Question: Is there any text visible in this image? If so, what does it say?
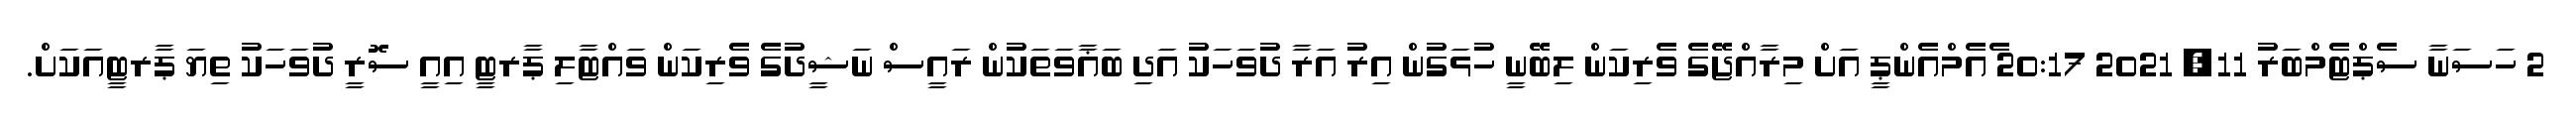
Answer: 2 ހަސަނާ ސެޕްޓެމްބަރު 11, 2021 20:17 ެއެމްއެންޕީ އަށް މިރާއްޖޭގެ ވެރިކަން ލިބޭނީ ހުޅަގުން އިރު އަރާ ދުވަހަކު އަދި ބަޣާވަތަކުން ރައީސް ނަޝީދުގެ ވެރިކަން ވައްޓާލި ޕާރޓީ އިއީ ސޮރީ ދުވަހަކު ތިޔަ ޕާރޓީއަކަށް.